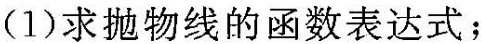
(1)求抛物线的函数表达式；